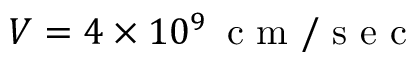
V = 4 \times 1 0 ^ { 9 } \, \mathrm { ~ c ~ m ~ / ~ s ~ e ~ c ~ }